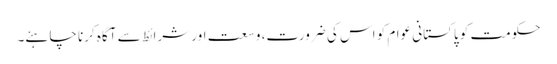
حکومت کو پاکستانی عوام کو اس کی ضرورت، وسعت اور شرائط سے آگاہ کرنا چاہئے۔